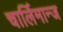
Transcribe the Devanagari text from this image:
चार्लिमान्ज